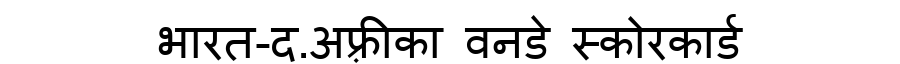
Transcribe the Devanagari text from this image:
भारत-द.अफ़्रीका वनडे स्कोरकार्ड